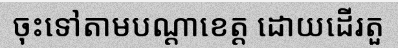
ចុះទៅតាមបណ្តាខេត្ត ដោយដើរតួ